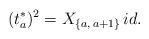
LaTeX: \begin{align*} (t_{a}^*)^{2}=X_{\{a,\,a+1\}}\, id.\end{align*}